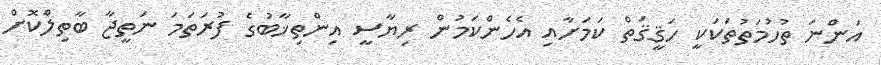
އަންނަ ތުހުމަތުތަކަކީ ހަޤީޤަތް ކަމަށާއި އެހެންކަމުން ރިޔާސީ އިންތިޚާބުގެ ފުރަތަމަ ނަތީޖާ ބާތިލްކޮށް